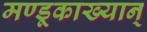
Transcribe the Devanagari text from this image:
मण्डूकाख्यान्